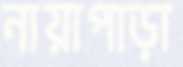
নায়াপাড়া